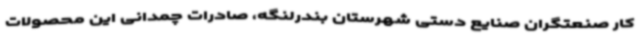
کار صنعتگران صنایع دستی شهرستان بندرلنگه، صادرات چمدانی این محصولات